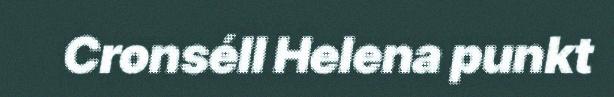
Cronséll Helena punkt